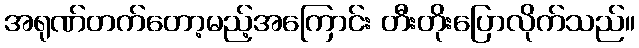
အရုဏ်တက်တော့မည့်အကြောင်း တီးတိုးပြောလိုက်သည်။